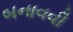
બનાવવી